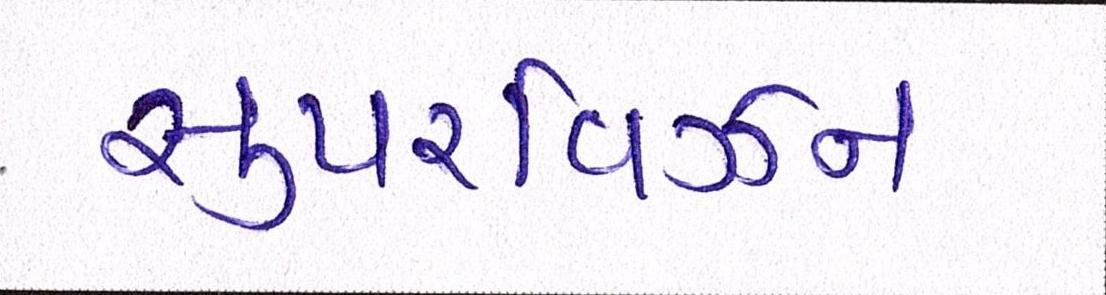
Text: સુપરવિઝન